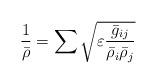
LaTeX: \begin{align*}\frac{1}{\bar{\rho}} = \sum\sqrt{\varepsilon \frac{\bar{g}_{ij}}{\bar\rho_{i}\bar\rho_{j} }}\end{align*}